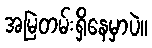
အမြဲတမ်းရှိနေမှာပဲ။